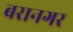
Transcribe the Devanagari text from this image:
बरानगर